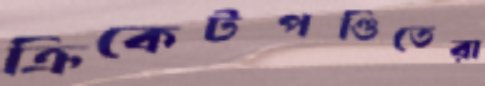
ক্রিকেটপণ্ডিতেরা